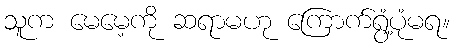
သူက မေမေ့ကို ဆရာမဟု ကြောက်ရွံ့ပုံမရ။